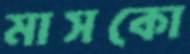
মাসকো